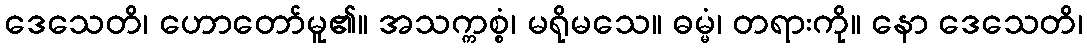
ဒေသေတိ၊ ဟောတော်မူ၏။ အသက္ကစ္စံ၊ မရိုမသေ။ ဓမ္မံ၊ တရားကို။ နော ဒေသေတိ၊